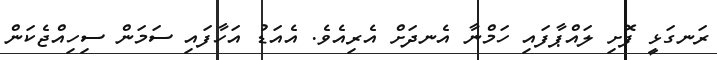
ރަނގަޅީ ފޮށި ލައްޕާފައި ހަމްނާ އެނދަށް އެރިއެވެ. އެއަޑު އަހާފައި ސަމަން ސިހިއްޖެކަން